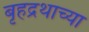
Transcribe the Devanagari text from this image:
बृहद्रथाच्या